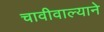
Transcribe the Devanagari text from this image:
चावीवाल्याने